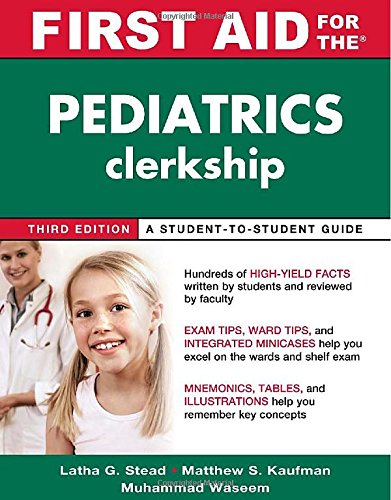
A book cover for First Aid for the Pediatrics Clerkship, Third Edition (First Aid Series); Latha G. Stead; Medical Books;